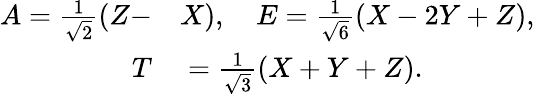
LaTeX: \begin{array}{rl}{A=\frac{1}{\sqrt{2}}(Z-}&{{}X),\quad E=\frac{1}{\sqrt{6}}(X-2Y+Z),}\\ {T}&{{}=\frac{1}{\sqrt{3}}(X+Y+Z).}\end{array}